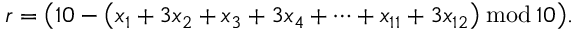
r = { \big ( } 1 0 - { \big ( } x _ { 1 } + 3 x _ { 2 } + x _ { 3 } + 3 x _ { 4 } + \cdots + x _ { 1 1 } + 3 x _ { 1 2 } { \big ) } \, { \bmod { \, } } 1 0 { \big ) } .